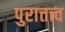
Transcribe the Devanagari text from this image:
पुरात्तत्त्व